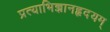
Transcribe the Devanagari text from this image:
प्रत्याभिज्ञानहृदयम्